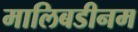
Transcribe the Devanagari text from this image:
मालिबडीनम